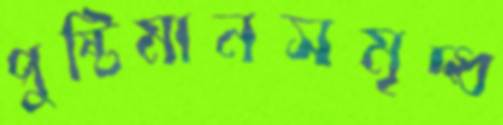
পুষ্টিমানসমৃদ্ধ